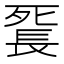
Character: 𨱼